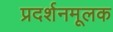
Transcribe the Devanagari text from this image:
प्रदर्शनमूलक